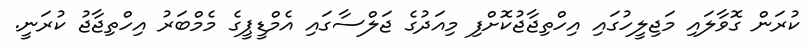
ކުރަން ގޮވާލައި މަޖިލީހުގައި އިހްތިޖާޖުކޮށްފި މިއަދުގެ ޖަލްސާގައި އެމްޑީޕީގެ މެމްބަރު އިހްތިޖާޖު ކުރަނީ.